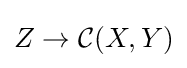
Z\to {\mathcal {C}}(X,Y)